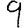
Digit: 9